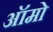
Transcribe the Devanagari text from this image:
ऑमो